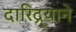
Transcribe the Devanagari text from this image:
दारिद्र्याने